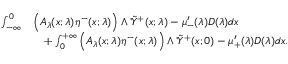
\begin{array} { r l } { \int _ { - \infty } ^ { 0 } } & { \Big ( A _ { \lambda } ( x ; \lambda ) \eta ^ { - } ( x ; \lambda ) \Big ) \wedge \tilde { \mathcal { Y } } ^ { + } ( x ; \lambda ) - \mu _ { - } ^ { \prime } ( \lambda ) D ( \lambda ) d x } \\ & { \quad + \int _ { 0 } ^ { + \infty } \Big ( A _ { \lambda } ( x ; \lambda ) \eta ^ { - } ( x ; \lambda ) \Big ) \wedge \tilde { \mathcal { Y } } ^ { + } ( x ; 0 ) - \mu _ { + } ^ { \prime } ( \lambda ) D ( \lambda ) d x . } \end{array}